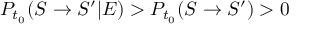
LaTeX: P _ { t _ { 0 } } ( S \rightarrow S ^ { \prime } | E ) > P _ { t _ { 0 } } ( S \rightarrow S ^ { \prime } ) > 0